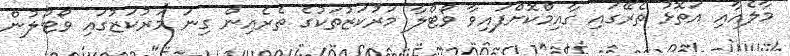
މާލެއާއި އަތޮޅު ތެރޭގައި ގާއިމްކޮށްފައިވާ ވޯޓްލާ މަރުކަޒުތަކުގެ ތެރެއިން ގިނަ މަރުކަޒުގައި ވޯޓުލުން